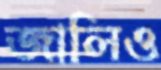
জালিও